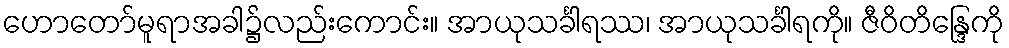
ဟောတော်မူရာအခါ၌လည်းကောင်း။ အာယုသင်္ခါရဿ၊ အာယုသင်္ခါရကို။ ဇီဝိတိန္ဒြေကို